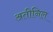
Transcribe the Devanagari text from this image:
अतीनिल